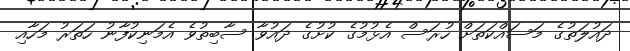
ދައުލަތުގެ މަސައްކަތަށް ހުރަސް އެޅުމުގެ ކުށުގެ ދައުވާ ސާބިތުވެ އެމަނިކުފާނު ހަތަރު މަހާއި